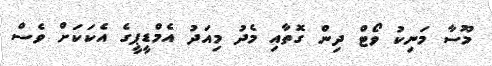
މޫސާ މަނިކު ވޯޓް ދިން ގޮތާއި މެދު މިއަދު އެމްޑީޕީގެ އެކަކަށް ވެސް